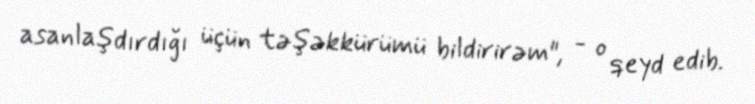
asanlaşdırdığı üçün təşəkkürümü bildirirəm", - o qeyd edib.